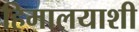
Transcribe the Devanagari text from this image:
हिमालयाशी